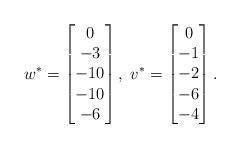
LaTeX: \begin{align*}w^{\ast} =\begin{bmatrix}0 \\ -3 \\ -10 \\ -10 \\ -6\end{bmatrix}, \;v^{\ast} =\begin{bmatrix}0 \\ -1 \\ -2 \\ -6 \\ -4\end{bmatrix}.\end{align*}